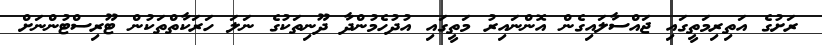
ރަށުގެ އަތިރިމަތީގައި ޖައްސާލައިގެން އޮންނައިރު މަތީގައި އުދުހެމުންދާ ދޫނިތަކުގެ ނަލަ ހަރަކާތްތަކުން ޓޫރިސްޓުންނަށް